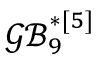
\boldsymbol { \mathcal { G B } _ { 9 } ^ { * [ 5 ] } }